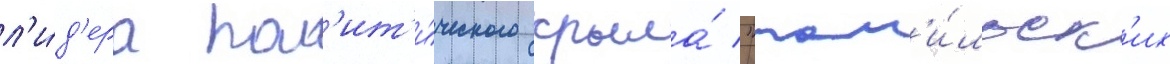
л'и́д'ера пол'ит'и́ческого крыла́ "там'и́льск'их